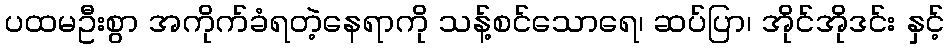
ပထမဦးစွာ အကိုက်ခံရတဲ့နေရာကို သန့်စင်သောရေ၊ ဆပ်ပြာ၊ အိုင်အိုဒင်း နှင့်